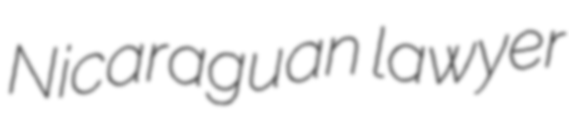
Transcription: Nicaraguan lawyer